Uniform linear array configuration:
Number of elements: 48
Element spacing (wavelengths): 0.5
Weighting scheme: uniform
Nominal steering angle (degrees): -15
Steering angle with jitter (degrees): -13.587
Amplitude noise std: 0.05
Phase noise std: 0.05

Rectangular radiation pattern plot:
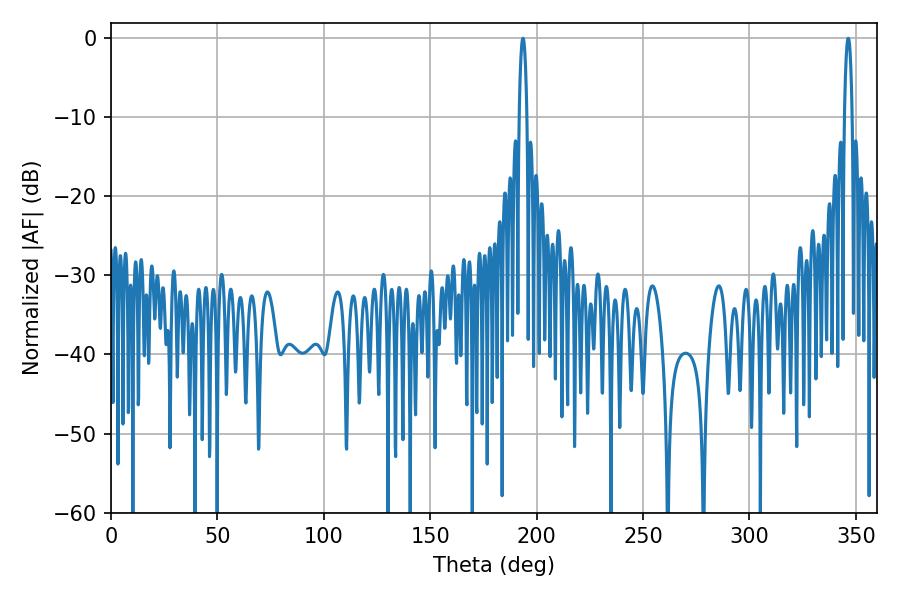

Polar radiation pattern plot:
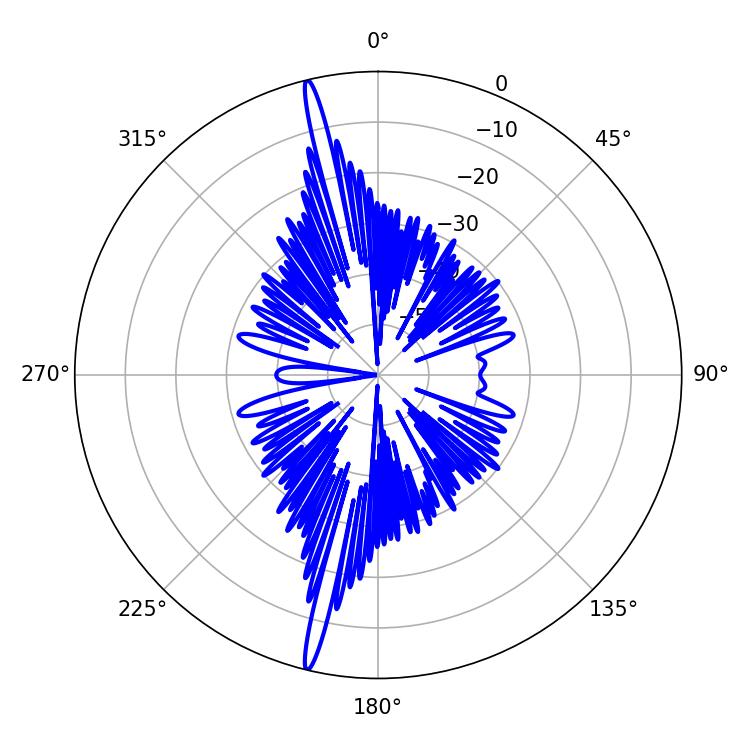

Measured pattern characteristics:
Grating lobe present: FALSE
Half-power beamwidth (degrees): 1.98
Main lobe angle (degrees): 193.5